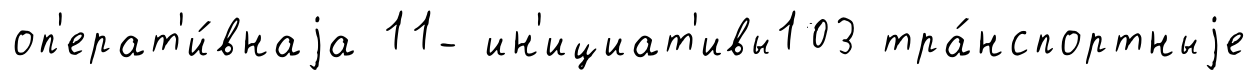
оп'ерат'и́внаjа 11- ин'ициат'ивы103 тра́нспортныjе